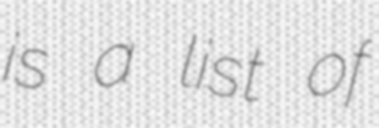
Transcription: is a list of